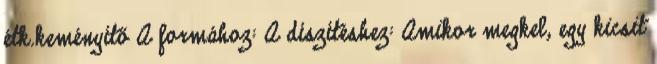
étk.keményítő A formához: A díszítéshez: Amikor megkel, egy kicsit